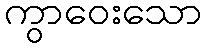
ကွာဝေးသော